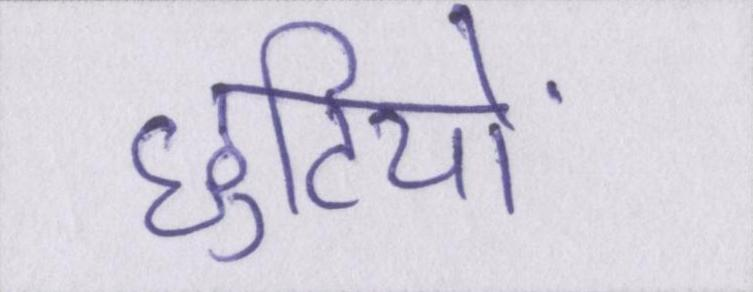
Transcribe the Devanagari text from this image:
छुटियों